Problem: 3 × 6 = ?
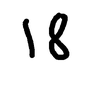
Handwritten answer: 18